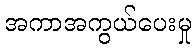
အကာအကွယ်ပေးမှု